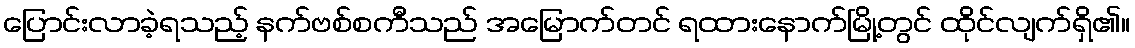
ပြောင်းလာခဲ့ရသည့် နက်ဗစ်စကီသည် အမြောက်တင် ရထားနောက်မြို့တွင် ထိုင်လျက်ရှိ၏။